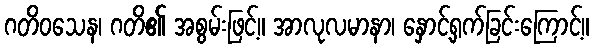
ဂတိဝသေန၊ ဂတိ၏ အစွမ်းဖြင့်။ အာလုလမာနာ၊ နှောင့်ရှက်ခြင်းကြောင့်။